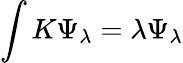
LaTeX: \int K\Psi_{\lambda}=\lambda\Psi_{\lambda}